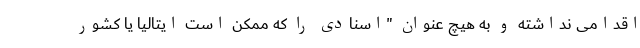
اقدامی نداشته و به هیچ عنوان "اسنادی را كه ممکن است ایتالیا یا كشور